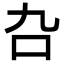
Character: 叴